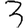
Digit: 3